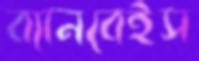
ব্যানবেইস